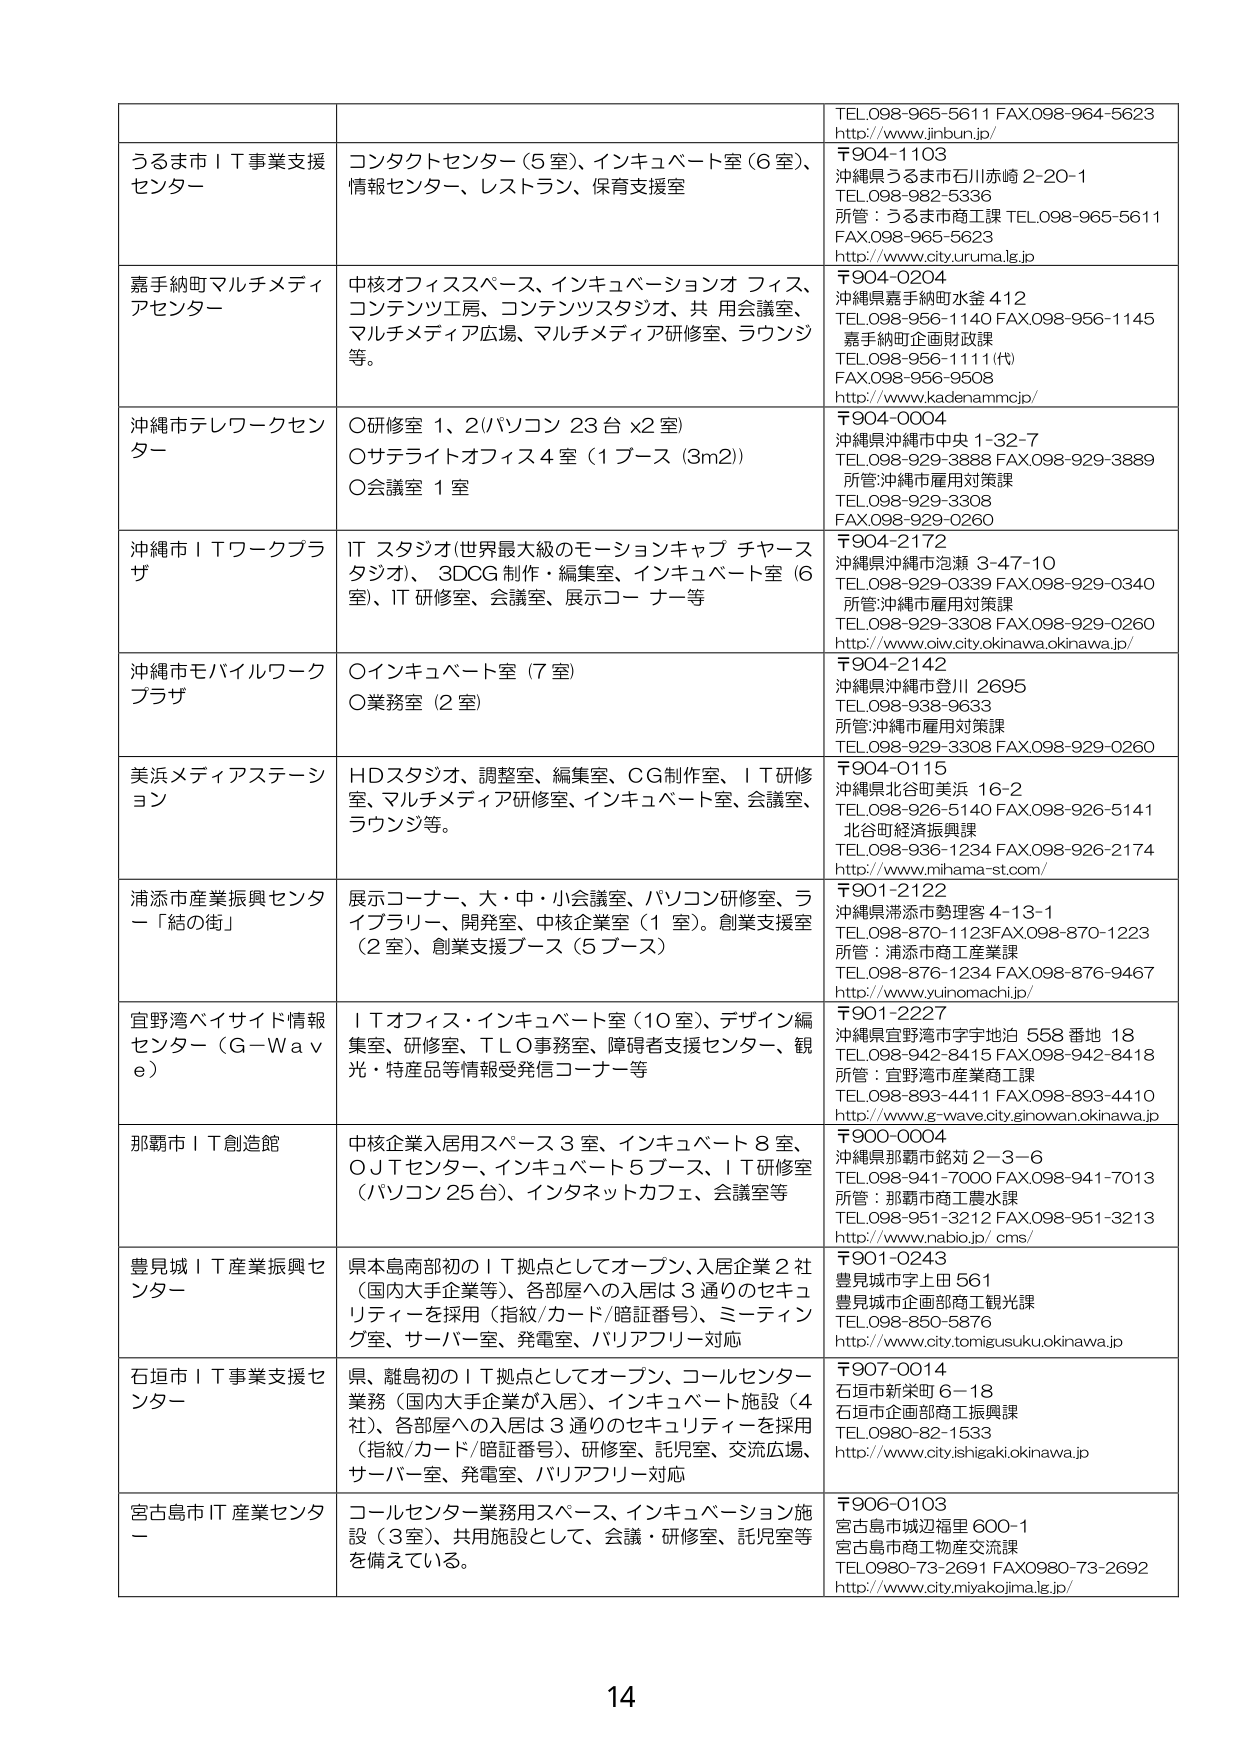
TEL.098-965-5611 FAX.098-964-5623
http://www.jinbun.jp/

うるま市ＩＴ事業支援センター
コンタクトセンター（5室）、インキュベート室（6室）、
情報センター、レストラン、保育支援室

〒904-1103
沖縄県うるま市石川赤崎2-20-1
TEL.098-982-5336
所管：うるま市商工課 TEL.098-965-5611
FAX.098-965-5623
http://www.city.uruma.lg.jp

嘉手納町マルチメディアセンター
中核オフィススペース、インキュベーションオフィス、
コンテンツ工房、コンテンツスタジオ、共用会議室、
マルチメディア広場、マルチメディア研修室、ラウンジ等。

〒904-0204
沖縄県嘉手納町水金412
TEL.098-956-1140 FAX.098-956-1145
嘉手納町企画財政課
TEL.098-956-1111（代）
FAX.098-956-9508
http://www.kadenammc.jp/

沖縄市テレワークセンター
〇研修室1、2（パソコン23台×2室）
〇サテライトオフィス4室（1ブース（3m2））
〇会議室1室

〒904-0004
沖縄県沖縄市中央1-32-7
TEL.098-929-3888 FAX.098-929-3889
所管：沖縄市雇用対策課
TEL.098-929-3308
FAX.098-929-0260

沖縄市ＩＴワークプラザ
ITスタジオ（世界最大級のモーションキャプチャースタジオ）、3DCG制作・編集室、インキュベート室（6室）、IT研修室、会議室、展示コーナー等

〒904-2172
沖縄県沖縄市泡瀬3-47-10
TEL.098-929-0339 FAX.098-929-0340
所管：沖縄市雇用対策課
TEL.098-929-3308 FAX.098-929-0260
http://www.ow.city.okinawa.okinawa.jp/

沖縄市モバイルワークプラザ
〇インキュベート室（7室）
〇業務室（2室）

〒904-2142
沖縄県沖縄市登川2695
TEL.098-938-9633
所管：沖縄市雇用対策課
TEL.098-929-3308 FAX.098-929-0260

美浜メディアステーション
HDスタジオ、調整室、編集室、CG制作室、IT研修室、マルチメディア研修室、インキュベート室、会議室、ラウンジ等。

〒904-0115
沖縄県北谷町美浜16-2
TEL.098-926-5140 FAX.098-926-5141
北谷町経済振興課
TEL.098-936-1234 FAX.098-926-2174
http://www.yuinomachi.jp/

浦添市産業振興センター「結の街」
展示コーナー、大・中・小会議室、パソコン研修室、ライブラリー、開発室、中核企業室（1室）。創業支援室（2室）、創業支援ブース（5ブース）

〒901-2122
沖縄県浦添市勢理客4-13-1
TEL.098-870-1123 FAX.098-870-1223
所管：浦添市商工産業課
TEL.098-876-1234 FAX.098-876-9467
http://www.yuinomachi.jp/

宜野湾ベイサイド情報センター（G-Wave）
ITオフィス・インキュベート室（10室）、デザイン編集室、研修室、TLO事務室、障碍者支援センター、観光・特産品等情報受発信コーナー等

〒901-2227
沖縄県宜野湾市字宇地泊558番地18
TEL.098-942-8415 FAX.098-942-8418
所管：宜野湾市産業商工課
TEL.098-893-4411 FAX.098-893-4410
http://www.g-wave.city.ginowan.okinawa.jp

那覇市ＩＴ創造館
中核企業入居用スペース3室、インキュベート8室、OJTセンター、インキュベート5ブース、IT研修室（パソコン25台）、インターネットカフェ、会議室等

〒900-0004
沖縄県那覇市銘苅2-3-6
TEL.098-941-7000 FAX.098-941-7013
所管：那覇市商工農水課
TEL.098-951-3212 FAX.098-951-3213
http://www.nabio.jp/cms/

豊見城ＩＴ産業振興センター
県本島南部初のIT拠点としてオープン、入居企業2社（国内大手企業等）、各部屋への入居は3通りのセキュリティを採用（指紋/カード/暗証番号）、ミーティング室、サーバー室、発電室、バリアフリー対応

〒901-0243
豊見城市字上田561
豊見城市企画部商工観光課
TEL.098-850-5876
http://www.tomigusuku.okinawa.jp

石垣市ＩＴ事業支援センター
県、離島初のIT拠点としてオープン、コールセンター業務（国内大手企業が入居）、インキュベート施設（4社）、各部屋への入居は3通りのセキュリティを採用（指紋/カード/暗証番号）、研修室、託児室、交流広場、サーバー室、発電室、バリアフリー対応

〒907-0014
石垣市新栄町6-18
石垣市企画部商工振興課
TEL.0980-82-1533
http://www.city.ishigaki.okinawa.jp

宮古島市IT産業センター
コールセンター業務用スペース、インキュベーション施設（3室）、共用施設として、会議・研修室、託児室等を備えている。

〒906-0103
宮古島市城辺福里600-1
宮古島市商工物産交流課
TEL.0980-73-2691 FAX.0980-73-2692
http://www.city.miyakojima.lg.jp/

14